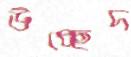
উচ্ছেদ